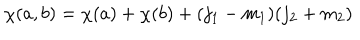
LaTeX: \chi ( a , b ) = \chi ( a ) + \chi ( b ) + ( j _ { 1 } - m _ { 1 } ) ( j _ { 2 } + m _ { 2 } )